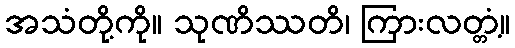
အသံတို့ကို။ သုဏိဿတိ၊ ကြားလတ္တံ့။